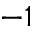
^ { - 1 }